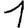
Digit: 1